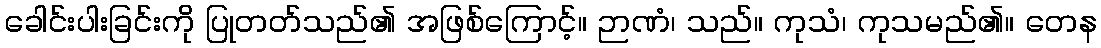
ခေါင်းပါးခြင်းကို ပြုတတ်သည်၏ အဖြစ်ကြောင့်။ ဉာဏံ၊ သည်။ ကုသံ၊ ကုသမည်၏။ တေန